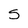
Character: S